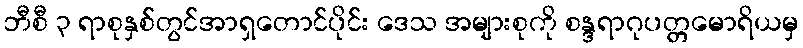
ဘီစီ ၃ ရာစုနှစ်တွင်အာရှတောင်ပိုင်း ဒေသ အများစုကို စန္ဒရာဂုပတ္တမောရိယမှ